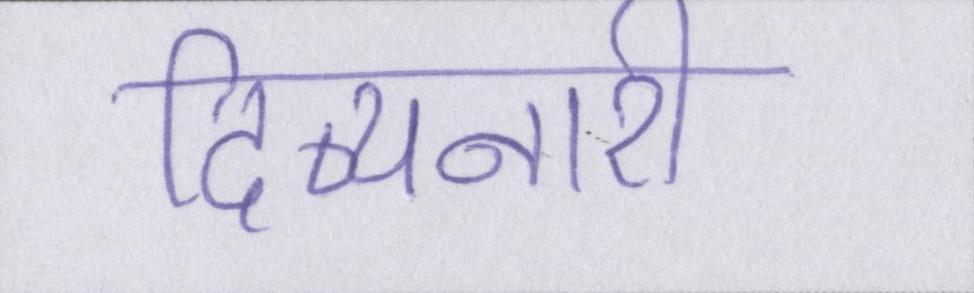
दिव्यनारी